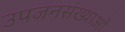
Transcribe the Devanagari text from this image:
उपजनसंख्याओं